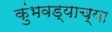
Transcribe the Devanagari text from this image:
कुंभवड्याच्या